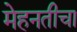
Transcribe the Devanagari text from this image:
मेहनतीचा